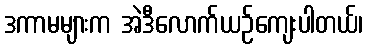
ဒကာမများက အဲဒီလောက်ယဉ်ကျေးပါတယ်၊